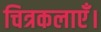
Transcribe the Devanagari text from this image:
चित्रकलाएँ।